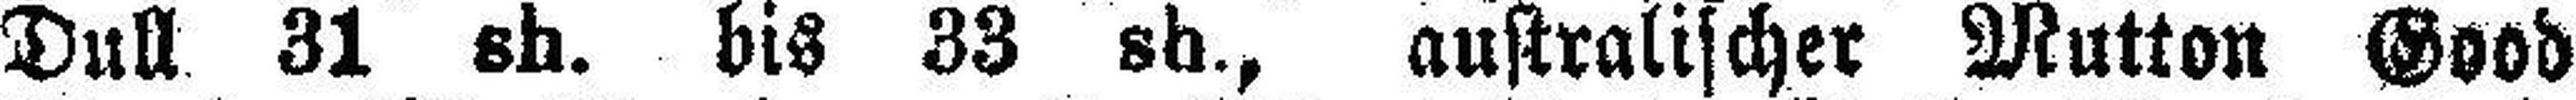
Dull 31 sh. bis 33 sh., australischer Mutton Good